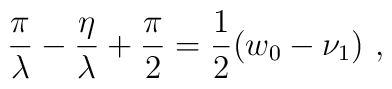
\frac{\pi}{\lambda}-\frac{\eta}{\lambda}+\frac{\pi}{2}=\frac{1}{2}(w_0-\nu_1)\ ,